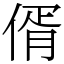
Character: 偦